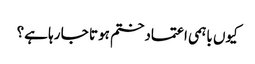
کیوں باہمی اعتمادختم ہوتا جا رہا ہے؟